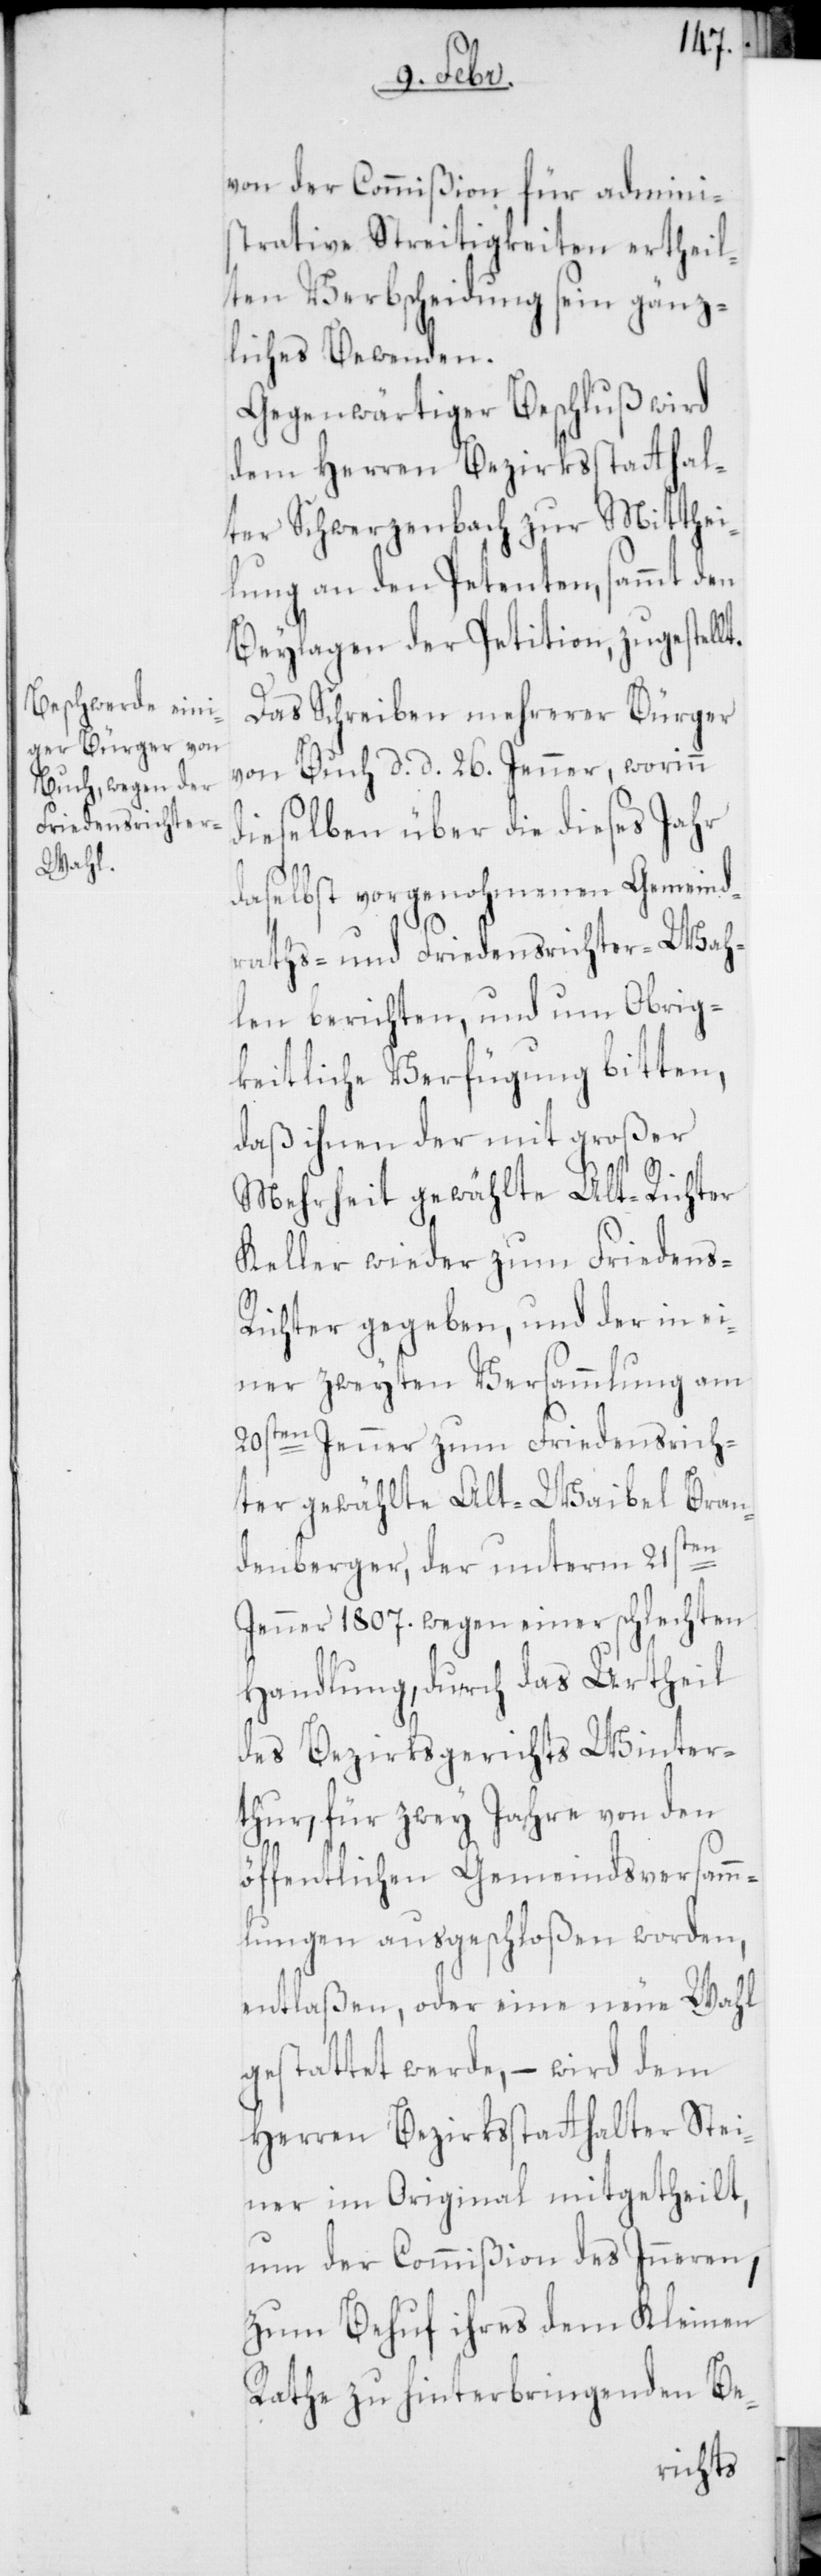
von der Commißion für admini¬
strative Streitigkeiten ertheil¬
ten Verbscheidung sein gänz¬
liches Bewenden.
Gegenwärtiger Beschluß wird
dem Herren Bezirksstatthal¬
ter Schwerzenbach zur Mitthei¬
lung an den Petenten, sammt den
Beylagen der Petition, zugestellt.
Das Schreiben mehrerer Bürger
von Buch, d. d. 26sten Jenner, worinn
dieselben über die dieses Jahr
daselbst vorgenohmenen Gemeind¬
raths- und Friedensichter-Wah¬
len berichten, und um Obrig¬
keitliche Verfügung bitten,
daß ihnen der mit großer
Mehrheit gewählte Alt-Richter
Keller wieder zum Friedens-R¬
ichter gegeben, und der in ei¬
ner zweyten Versammlung am
20sten Jenner zum Friedensrich¬
ter gewählte Alt-Waibel Bran¬
denberger, der unterm 21sten
Jenner 1807. wegen einer schlechten
Handlung, durch das Urtheil
des Bezirksgerichts Winter¬
thur, für zwey Jahre von den
öffentlichen Gemeindsversamm¬
lungen ausgeschloßen worden,
entlaßen, oder eine neue Wahl
gestattet werde, – wird dem
Herren Bezirksstatthalter Stei¬
ner im Original mitgetheilt,
um der Commißion des Inneren,
zum Behuf ihres dem Kleinen
Rathe zu hinterbringenden Be-